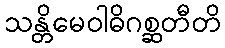
သန္တိမေဝါဓိဂစ္ဆတီတိ